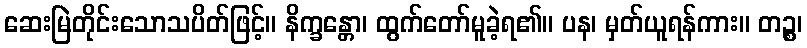
ဆေးမြဲတိုင်းသောသပိတ်ဖြင့်။ နိက္ခန္တော၊ ထွက်တော်မူခဲ့ရ၏။ ပန၊ မှတ်ယူရန်ကား။ တဉ္စ၊